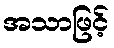
အသာဖြင့်